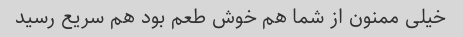
خیلی ممنون از شما هم خوش طعم بود هم سریع رسید